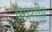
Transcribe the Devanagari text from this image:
घराशी॥